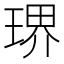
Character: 琾